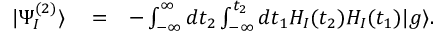
\begin{array} { r l r } { | \Psi _ { I } ^ { ( 2 ) } \rangle } & { { } = } & { - \int _ { - \infty } ^ { \infty } d t _ { 2 } \int _ { - \infty } ^ { t _ { 2 } } d t _ { 1 } H _ { I } ( t _ { 2 } ) H _ { I } ( t _ { 1 } ) | g \rangle . } \end{array}